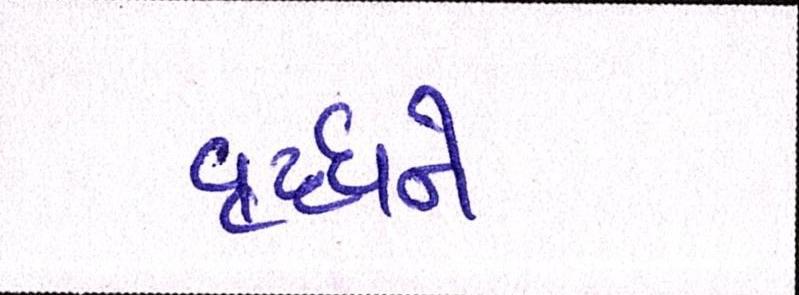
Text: વૃધ્ધને